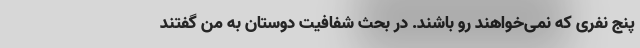
پنج نفری که نمی‌خواهند رو باشند. در بحث شفافیت دوستان به من گفتند